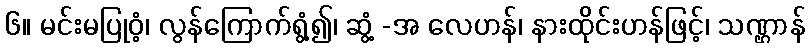
၆။ မင်းမပြုဝံ့၊ လွန်ကြောက်ရွံ့၍၊ ဆွံ့ -အ လေဟန်၊ နားထိုင်းဟန်ဖြင့်၊ သဏ္ဌာန်